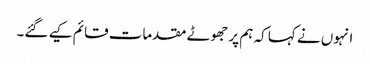
انہوں نے کہا کہ ہم پر جھوٹے مقدمات قائم کیے گئے۔